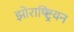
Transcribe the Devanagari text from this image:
झोराष्ष्ट्रियन